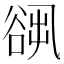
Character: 𧮷